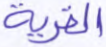
القرية